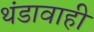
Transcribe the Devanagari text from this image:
थंडावाही